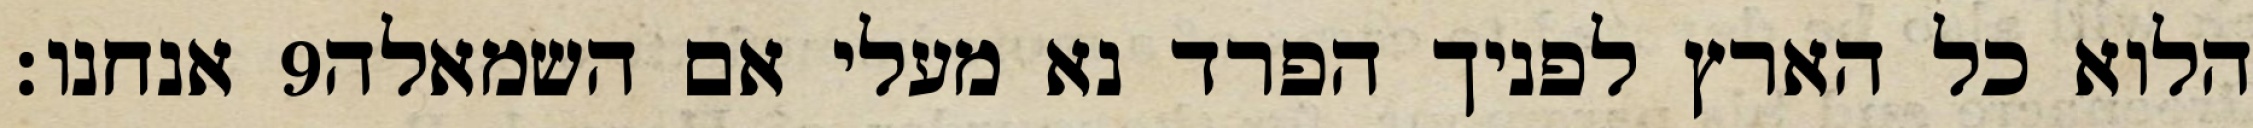
אנחנו׃ ‎9‏ הלוא כל הארץ לפניך הפרד נא מעלי אם השמאלה